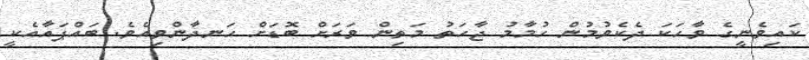
ކައިވެނީގެ ވާހަކަ ދެކެވުމުން ހުމާމު ޖާހަތު މަތިން ވަރަށް ބޮޑަށް ހަނދާންވިއެވެ. ބައްޕައާއެކީ